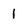
Character: I